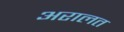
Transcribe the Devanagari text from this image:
अरालत